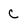
Character: C